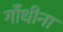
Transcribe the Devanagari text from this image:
गाँधीना